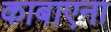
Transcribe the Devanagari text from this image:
काबाएना